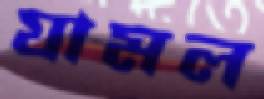
যামল